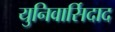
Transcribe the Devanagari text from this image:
युनिवार्सिदाद